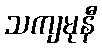
သကျမုနီ